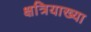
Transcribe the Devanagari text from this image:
क्षत्रियाख्या